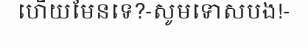
ហើយមែនទេ?-សូមទោសបង!-